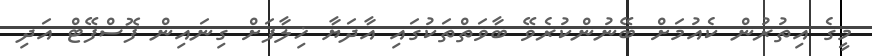
މީގެ އިތުރުން ކެއުމަށް ބޭނުންކުރެވޭ ބާވަތްތަކުގައި އާދަޔާ ޚިލާފަށް ގިނައިން ފޮސްފޭޓް އަދި